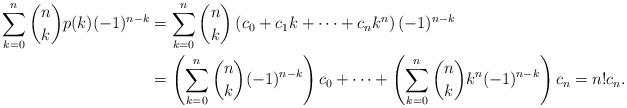
\begin{align*}\sum_{k=0}^n \binom{n}{k}p(k) (-1)^{n-k} &= \sum_{k=0}^n \binom{n}{k}\left(c_0+c_1k+\cdots+c_nk^n\right) (-1)^{n-k} \\ &= \left(\sum_{k=0}^n \binom{n}{k} (-1)^{n-k}\right)c_0 +\cdots+ \left(\sum_{k=0}^n \binom{n}{k} k^n (-1)^{n-k}\right)c_n=n!c_n.\end{align*}